画像に写った文字を読んでください
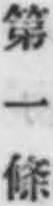
「第一條」と書いてあります